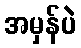
အမှန်ပဲ